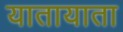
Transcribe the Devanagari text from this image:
यातायाता